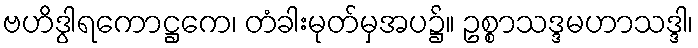
ဗဟိဒွါရကောဋ္ဌကေ၊ တံခါးမုတ်မှအပ၌။ ဥစ္စာသဒ္ဒမဟာသဒ္ဒါ၊